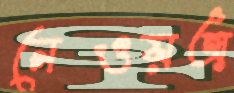
নেওয়অ